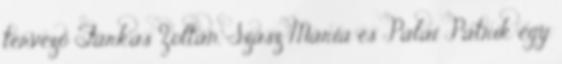
tervező Farkas Zoltán, Szász Mária és Palai Patrik egy